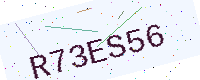
Text: R73ES56